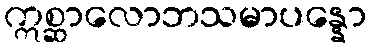
ဣစ္ဆာလောဘသမာပန္နော